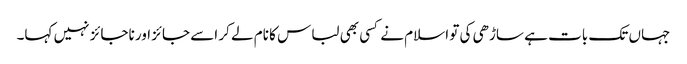
جہاں تک بات ہے ساڑھی کی تو اسلام نے کسی بھی لباس کا نام لے کر اسے جائز اور ناجائز نہیں کہا۔